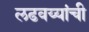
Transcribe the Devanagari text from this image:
लढवय्यांची